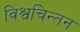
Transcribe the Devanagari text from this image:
विश्वचिन्तन